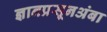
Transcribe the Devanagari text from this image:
ज्ञानप्रसूनअंबा